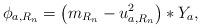
LaTeX: \begin{align*}\phi_{a,R_{n}} = \left( m_{R_{n}} - u_{a,R_{n}}^{2} \right) * Y_{a}, \end{align*}